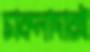
চাকলাদারই